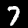
Label: 7